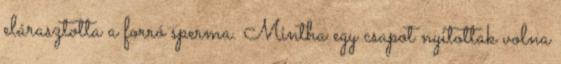
elárasztotta a forró sperma. Mintha egy csapot nyitottak volna